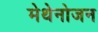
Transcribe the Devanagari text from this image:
मेथेनोजन